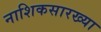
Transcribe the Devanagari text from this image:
नाशिकसारख्या